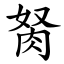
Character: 胬